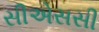
સીએસસી